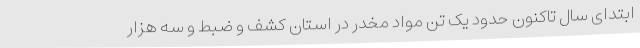
ابتدای سال تاکنون حدود یک تن مواد مخدر در استان کشف و ضبط و سه هزار